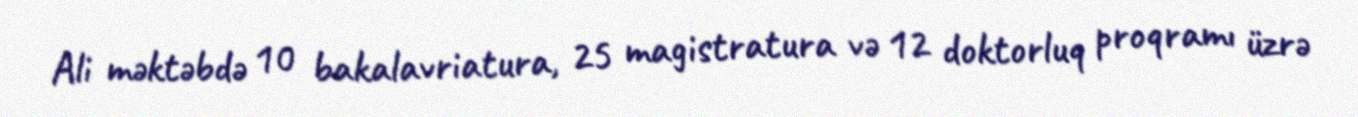
Ali məktəbdə 10 bakalavriatura, 25 magistratura və 12 doktorluq proqramı üzrə